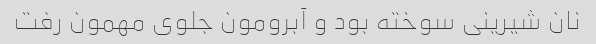
نان شیرینی سوخته بود و آبرومون جلوی مهمون رفت